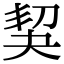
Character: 𠜵